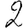
Digit: 2